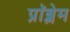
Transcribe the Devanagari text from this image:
प्राॅब्लेम